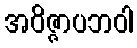
အဝိဇ္ဇာပဘဝါ